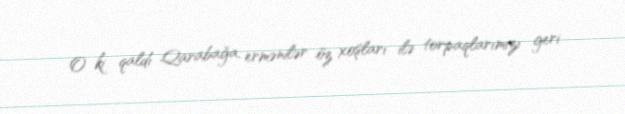
O ki qaldı Qarabağa, ermənilər öz xoşları ilə torpaqlarımızı geri